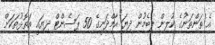
އެ ތަންތަނުގެ ކުލިން ލިބެމުން ދިޔަ އާމްދަނީގެ 50 ޕަސެންޓް ދިޔައީ އަތޮޅުތަކަށް